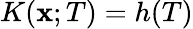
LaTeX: K(\mathbf{x};T)=h(T)